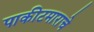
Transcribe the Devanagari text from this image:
पाकीटमाराचे